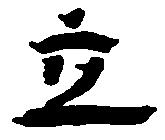
立